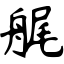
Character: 艉